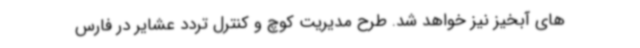
های آبخیز نیز خواهد شد. طرح مدیریت کوچ و کنترل تردد عشایر در فارس